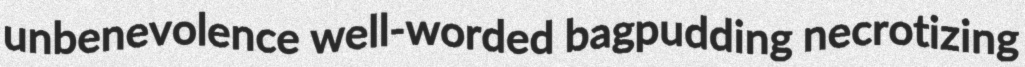
unbenevolence well-worded bagpudding necrotizing